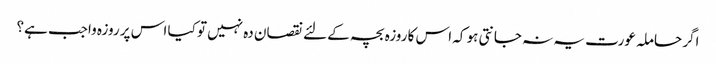
اگر حاملہ عورت یہ نہ جانتی ہو کہ اس کا روزہ بچہ کے لئے نقصان دہ نہیں تو کیا اس پر روزہ واجب ہے؟